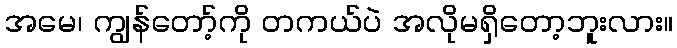
အမေ၊ ကျွန်တော့်ကို တကယ်ပဲ အလိုမရှိတော့ဘူးလား။